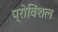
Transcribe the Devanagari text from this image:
प्रोविंशल